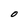
Character: O